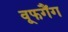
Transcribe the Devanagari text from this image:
वूफगैंग